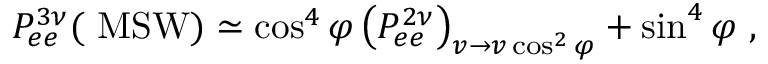
P _ { e e } ^ { 3 \nu } ( \mathrm { \small ~ M S W } ) \simeq \cos ^ { 4 } { \varphi } \left( P _ { e e } ^ { 2 \nu } \right) _ { v \to v \cos ^ { 2 } \varphi } + \sin ^ { 4 } { \varphi } \ ,